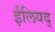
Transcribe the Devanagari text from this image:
ईलियद्